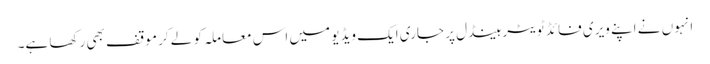
انہوں نے اپنے ویری فائڈ ٹویٹر ہینڈل پر جاری ایک ویڈیو میں اس معاملہ کو لے کر موقف بھی رکھا ہے۔